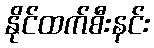
နိုင်ထက်စီးနင်း